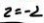
2 = - 2